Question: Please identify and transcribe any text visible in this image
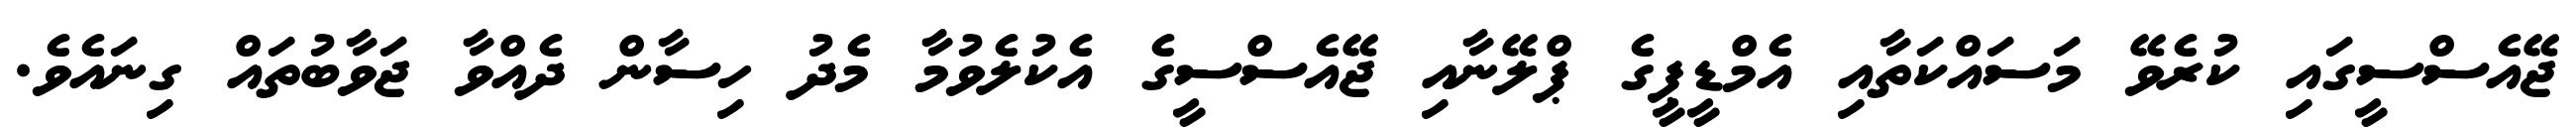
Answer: ޖޭއެސްސީގައި ކުރެވޭ މަސައްކަތާއި އެމްޑީޕީގެ ޕްލޭނާއި ޖޭއެސްސީގެ އެކުލެވުމާ މެދު ހިސާން ދެއްވާ ޖަވާބުތައް ގިނައެވެ.